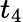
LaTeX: t_{4}